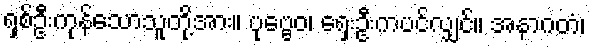
ရှစ်ဦးကုန်သောသူတို့အား။ ပုဗ္ဗေဝ၊ ရှေးဦးကပင်လျှင်။ အနာဂတံ၊